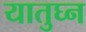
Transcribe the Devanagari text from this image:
यातुघ्न